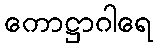
ကောဋ္ဌာဂါရေ